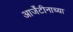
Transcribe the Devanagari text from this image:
आर्जेंटीनाच्या